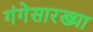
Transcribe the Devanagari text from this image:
गंगेसारख्या